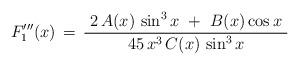
LaTeX: \begin{align*}F_{1}'''(x)\, = \,\frac{~ 2 \, A(x) \, \sin^{3}{x} \,\, + \,\, B(x) \cos{x}~}{ 45 \, x^{3} \, C(x) \, \sin^{3}{x}}\end{align*}